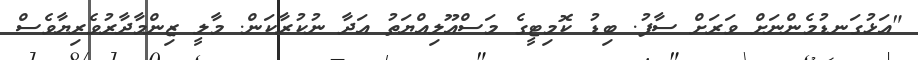
"އަޅުގަނޑުމެންނަށް ވަރަށް ސާފު. ބިޑު ކޮމިޓީގެ މަސްއޫލިއްޔަތު އަދާ ނުކުރާކަން. މާލީ ޒިންމާދާރުވެރިޔާވެސް